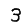
Digit: 3